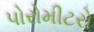
પોરોમીટરો